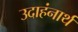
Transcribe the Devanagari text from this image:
उदाहंनार्थ